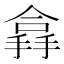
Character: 搻